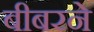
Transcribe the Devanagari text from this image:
बीबरने